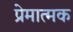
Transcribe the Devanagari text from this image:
प्रेमात्मक